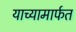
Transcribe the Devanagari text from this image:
याच्यामार्फत